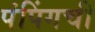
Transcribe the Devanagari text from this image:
पंपिंगची